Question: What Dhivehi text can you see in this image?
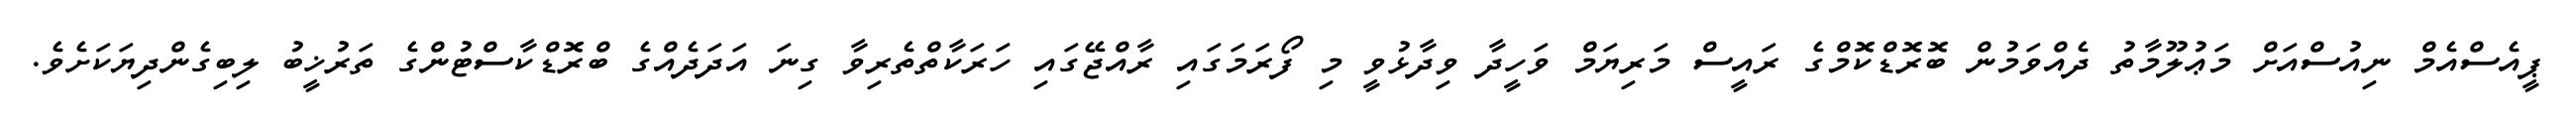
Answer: ޕީއެސްއެމް ނިއުސްއަށް މަޢުލޫމާތު ދެއްވަމުން ބޮރޮޑްކޮމްގެ ރައީސް މަރިޔަމް ވަހީދާ ވިދާޅުވީ މި ފޯރަމަގައި ރާއްޖޭގައި ހަރަކާތްތެރިވާ ގިނަ އަދަދެއްގެ ބްރޮޑްކާސްޓުންގެ ތަރުޚީބު ލިބިގެންދިޔަކަށެވެ.